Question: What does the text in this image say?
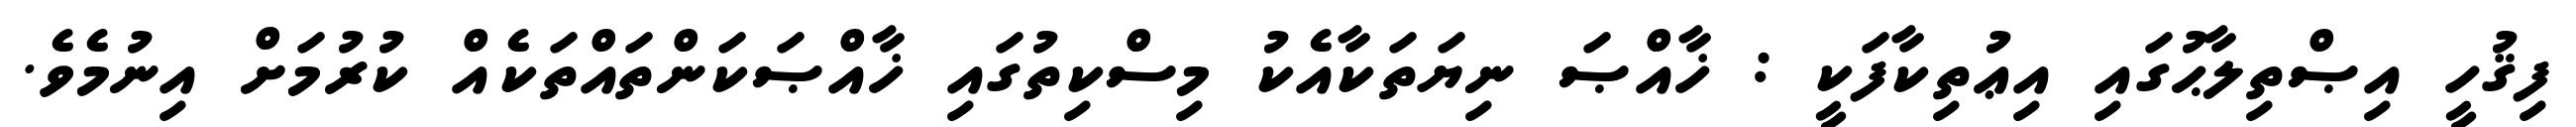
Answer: ފިޤުހީ އިޞްތިލާޙުގައި އިޢުތިކާފަކީ : ޚާއްޞަ ނިޔަތަކާއެކު މިސްކިތުގައި ޚާއްޞަކަންތައްތަކެއް ކުރުމަށް އިނުމެވެ.